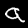
Digit: 9